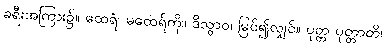
ခရီးအကြား၌။ ထေရံ၊ မထေရ်ကို။ ဒိသွာဝ၊ မြင်၍လျှင်။ ပုတ္တ ပုတ္တာတိ၊